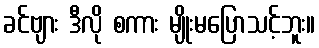
ခင်ဗျား ဒီလို စကား မျိုးမပြောသင့်ဘူး။